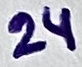
Text: ;ac